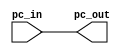
module program_counter (pc_in, pc_out);

input [31:0] pc_in;
output reg [31:0] pc_out;

initial
begin
	pc_out <= 0;
end

always @ (pc_in)
begin
	pc_out <= pc_in;
end

endmodule